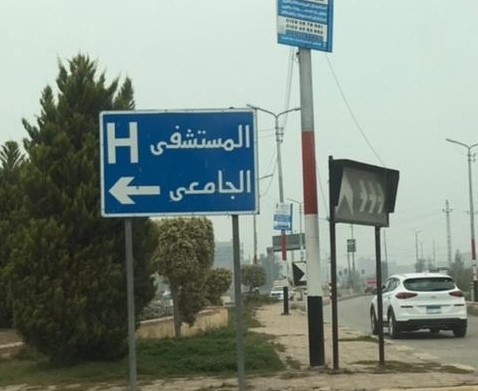
Text in image: المستشفى الجامعى H